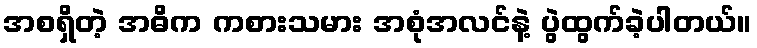
အစရှိတဲ့ အဓိက ကစားသမား အစုံအလင်နဲ့ ပွဲထွက်ခဲ့ပါတယ်။